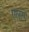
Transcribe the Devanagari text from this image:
एलांग